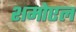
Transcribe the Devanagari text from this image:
शमोएल